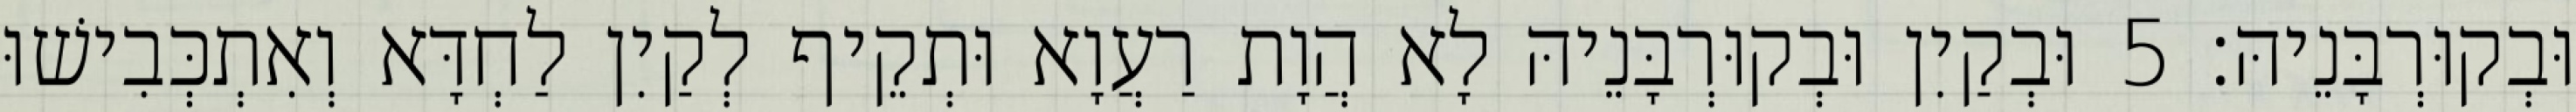
וּבְקוּרְבָּנֵיהּ׃ 5 וּבְקַיִן וּבְקוּרְבָּנֵיהּ לָא הֲוָת רַעֲוָא וּתְקֵיף לְקַיִן לַחְדָּא וְאִתְכְּבִישׁוּ